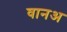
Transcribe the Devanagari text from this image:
वानअ